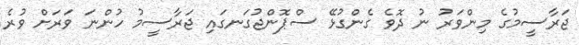
ޖަރާސީމުގެ މިންވަރު ނު ދޮވެ ގެންގުޅޭ ސްޕޮންޖުގަނގައި ޖަރާސީމު ހުންނަ ވަރަށް ވުރެ